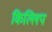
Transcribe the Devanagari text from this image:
किल्लिप